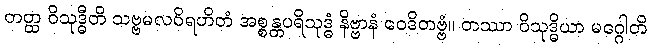
တတ္ထ ဝိသုဒ္ဓီတိ သဗ္ဗမလဝိရဟိတံ အစ္စန္တပရိသုဒ္ဓံ နိဗ္ဗာနံ ဝေဒိတဗ္ဗံ။ တဿာ ဝိသုဒ္ဓိယာ မဂ္ဂေါတိ